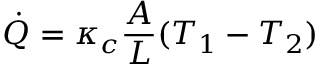
{ \dot { Q } } = \kappa _ { c } \frac { A } { L } ( T _ { 1 } - T _ { 2 } )